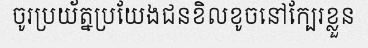
ចូរប្រយ័ត្នប្រយែងជនខិលខូចនៅក្បែរខ្លួន